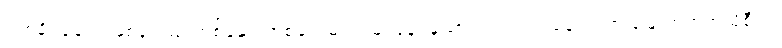
တစ်ချို့ ချောင်းနှစ်ခုသည် တစ်ခုနှင့် တစ်ခုလှမ်း၍ မြင်နေရသော်လည်း တစ်ချောင်းက မြောက်ဘက်သို့စီး၍